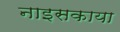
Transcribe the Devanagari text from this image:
नाइसकाया